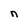
Character: n